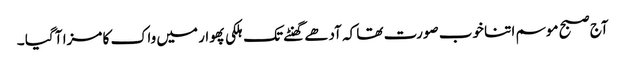
آج صبح موسم اتنا خوب صورت تھا کہ آدھے گھنٹے تک ہلکی پھوار میں واک کا مزا آ گیا ۔